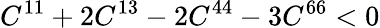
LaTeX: C^{11}+2C^{13}-2C^{44}-3C^{66}<0